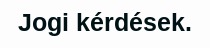
Jogi kérdések.